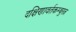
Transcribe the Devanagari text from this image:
दक्षिणावर्तकम्बुरत्न